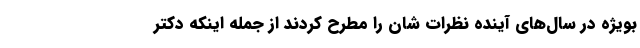
بویژه در سال‌های آینده نظرات شان را مطرح کردند از جمله اینکه دکتر